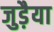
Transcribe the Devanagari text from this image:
जुड़ैया